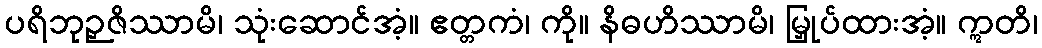
ပရိဘုဉှဇိဿာမိ၊ သုံးဆောင်အံ့။ ဧတ္တကံ၊ ကို။ နိဓဟိဿာမိ၊ မြှုပ်ထားအံ့။ ဣတိ၊